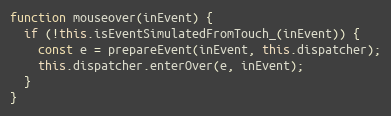
Language: JavaScript
function mouseover(inEvent) {
  if (!this.isEventSimulatedFromTouch_(inEvent)) {
    const e = prepareEvent(inEvent, this.dispatcher);
    this.dispatcher.enterOver(e, inEvent);
  }
}